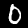
Digit: 0